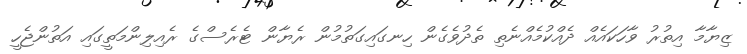
ޒިޔާމާ އިތުރު ވާހަކައެއް ދެއްކުމެއްނެތި ތެދުވެގެން ހިނގައިގަތުމުން ރެޔާން ޓެރެސްގެ ރެއިލިންމަތީގައި އަތުންޖެހީ